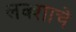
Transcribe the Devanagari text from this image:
लक्शाचे